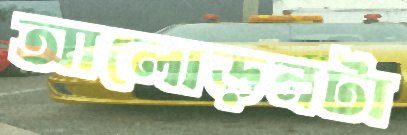
আলোড়নটা